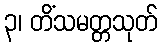
၃၊ တိံသမတ္တသုတ်